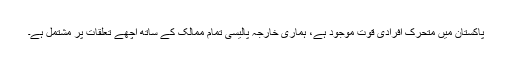
پاکستان میں متحرک افرادی قوت موجود ہے، ہماری خارجہ پالیسی تمام ممالک کے ساتھ اچھے تعلقات پر مشتمل ہے۔